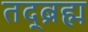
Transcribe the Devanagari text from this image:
तद्ब्रह्म